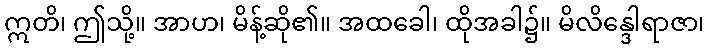
ဣတိ၊ ဤသို့။ အာဟ၊ မိန့်ဆို၏။ အထခေါ၊ ထိုအခါ၌။ မိလိန္ဒေါရာဇာ၊